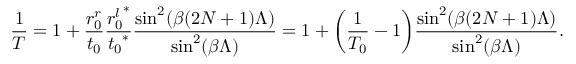
\frac { 1 } { T } = 1 + { \frac { r _ { 0 } ^ { r } } { t _ { 0 } } } { \frac { { r _ { 0 } ^ { l } } ^ { * } } { { t _ { 0 } } ^ { * } } \frac { \sin ^ { 2 } ( \beta ( 2 N + 1 ) \Lambda ) } { \sin ^ { 2 } ( \beta \Lambda ) } } = 1 + \bigg ( \frac { 1 } { T _ { 0 } } - 1 \bigg ) \frac { \sin ^ { 2 } ( \beta ( 2 N + 1 ) \Lambda ) } { { \sin ^ { 2 } ( \beta \Lambda ) } } .